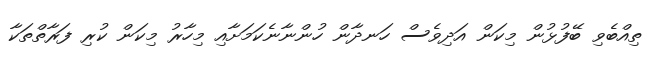
ތިއްބެވި ބޭފުޅުން މިކަން އަދިވެސް ހަނދާން ހުންނާނެކަމަށާއި މިހާރު މިކަން ކުރި ފަރާތްތަކާ